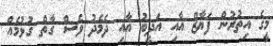
މީގެ އިތުރުން ފަޔާޒް އާއި އަދީބު އާއި ދެމެދު ވެސް ގާތް ގުޅުމެއް